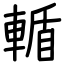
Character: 輴